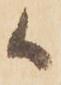
候